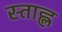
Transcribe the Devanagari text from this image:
स्ताह्ल